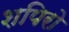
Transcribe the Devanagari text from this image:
शपिरो